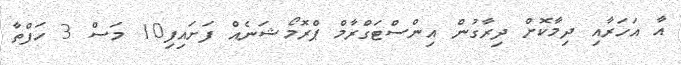
އާ އަހަރާއި ދިމާކޮށް ދިރާގުން އިންސްޓަގްރާމް ޕްރޮމޯޝަނެއް ފަށައިފި10 މަސް 3 ހަފްތާ